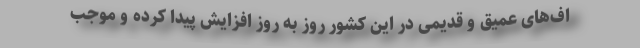
اف‌های عمیق و قدیمی در این کشور روز به روز افزایش پیدا کرده و موجب